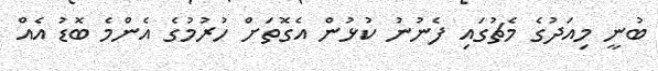
ބުނީ މިއަދުގެ މެޗުގައި ފެނުނު ކުޅުން އެގޮތަށް ހުރުމުގެ އެންމެ ބޮޑު އެއް